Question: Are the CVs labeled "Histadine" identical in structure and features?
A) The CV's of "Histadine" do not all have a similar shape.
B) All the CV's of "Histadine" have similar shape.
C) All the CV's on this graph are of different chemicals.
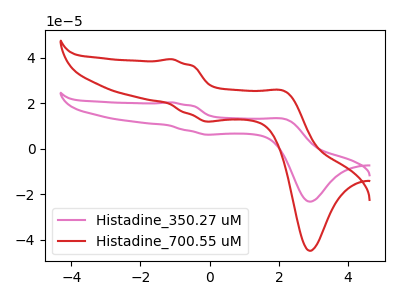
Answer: <think>The pink curve "Histadine_350.27 uM" has anodic peaks at (-1.10V, 20.45uA) (2.20V, 13.05uA) and cathodic peaks at (0.05V, 6.20uA) (2.90V, -23.25uA). The red curve "Histadine_700.55 uM" has anodic peaks at (-1.10V, 39.45uA) (2.20V, 25.15uA) and cathodic peaks at (0.05V, 12.00uA) (2.90V, -44.90uA).
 All the peaks in "Histadine_350.27 uM" have a peak in "Histadine_700.55 uM" at the same potential.</think>
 <answer>B) All the CV's of "Histadine" have similar shape.</answer>
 <eval>B</eval>